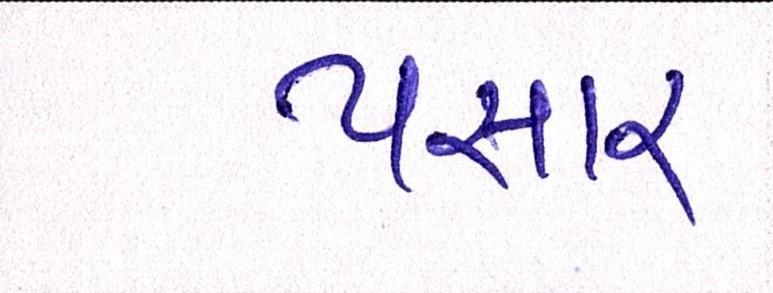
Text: પસાર